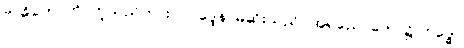
ဗာဓိတောတိ၊ ဟူသည်ကား။ လုဒ္ဒေန၊ မုဆိုးသည်။ အရညေ၊ တော၌။ ဗဒ္ဓေါ၊